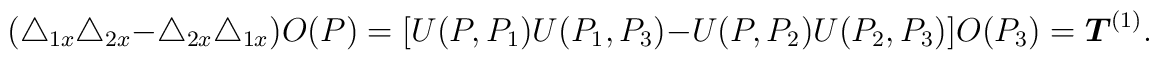
(\triangle _{1x}\triangle _{2x}-\triangle _{2x}\triangle_{1x})O(P)=[U(P,P_{1})U(P_{1},P_{3})-U(P,P_{2})U(P_{2},P_{3})]O(P_{3})=\mbox{\boldmath{$T$}}^{(1)}.